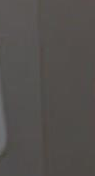
في